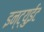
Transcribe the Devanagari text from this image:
इन्ट्युईट